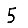
Digit: 5